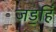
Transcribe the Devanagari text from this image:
जड॒हिं